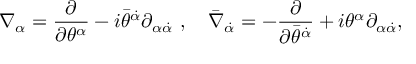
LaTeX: \nabla _ { \alpha } = \frac { \partial } { \partial \theta ^ { \alpha } } - i \bar { \theta } ^ { \dot { \alpha } } \partial _ { \alpha { \dot { \alpha } } } \ , \quad \bar { \nabla } _ { \dot { \alpha } } = - \frac { \partial } { \partial \bar { \theta } ^ { \dot { \alpha } } } + i \theta ^ { \alpha } \partial _ { \alpha { \dot { \alpha } } } ,